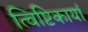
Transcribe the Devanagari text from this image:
त्विष्टिकायां